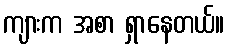
ကျားက အစာ ရှာနေတယ်။